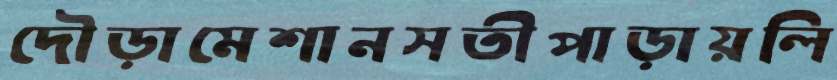
দৌড়ামেশানসতীপাড়ায়লি